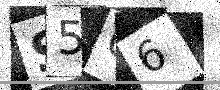
Text: S5C6